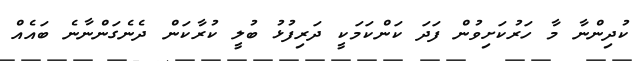
ކުދިންނާ މާ ހަރުކަށިވުން ފަދަ ކަންކަމަކީ ދަރިފުޅު ބުލީ ކުރާކަން ދެނެގަންނާނެ ބައެއް